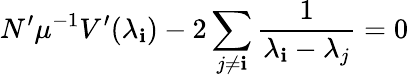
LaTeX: N^{\prime}\mu^{-1}V^{\prime}(\lambda_{\mathbf{i}})-2\sum_{j\neq\mathbf{i}}\frac{1}{{\lambda_{\mathbf{i}}-\lambda_{j}}}=0